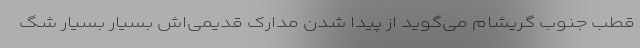
قطب جنوب گریشام می‌گوید از پیدا شدن مدارک قدیمی‌اش بسیار بسیار شگ